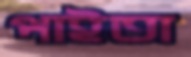
পাইতা